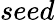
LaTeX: seed